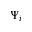
\Psi _ { i }